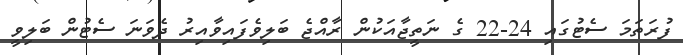
ފުރަތަމަ ސެޓުގައި 24-22 ގެ ނަތީޖާއަކުން ރާއްޖެ ބަލިވެފައިވާއިރު ދެވަނަ ސެޓުން ބަލިވީ